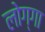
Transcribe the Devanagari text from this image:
लोग्गा